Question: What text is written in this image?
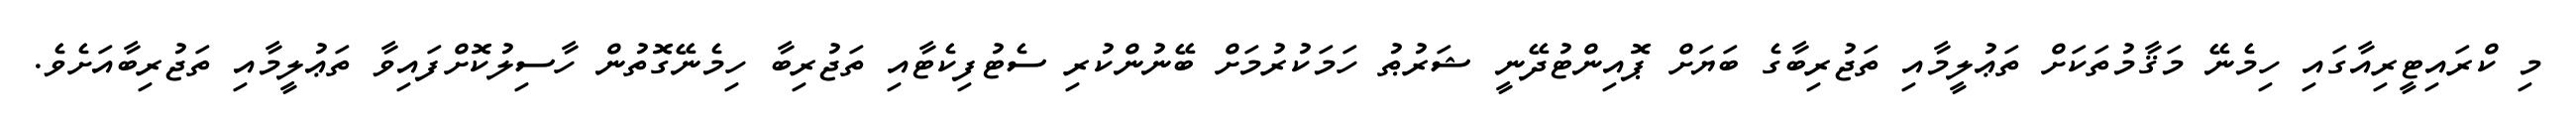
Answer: މި ކްރައިޓީރިއާގައި ހިމެނޭ މަޤާމުތަކަށް ތަޢުލީމާއި ތަޖުރިބާގެ ބަޔަށް ޕޮއިންޓުދޭނީ ޝަރުޠު ހަމަކުރުމަށް ބޭނުންކުރި ސެޓުފިކެޓާއި ތަޖުރިބާ ހިމެނޭގޮތުން ހާސިލުކޮށްފައިވާ ތަޢުލީމާއި ތަޖުރިބާއަށެވެ.